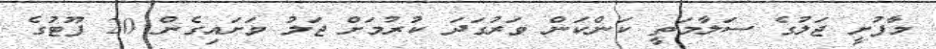
މާފުށީ ޖަލުގެ ސަލާމަތީ ކަންކަން ވަރުގަދަ ކުރުމަށް ޖަލު ވަށައިގެން 20 ފޫޓުގެ